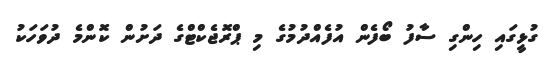
ގުޅީގައި ހިންގި ސާފު ބޯފެން އުފެއްދުމުގެ މި ޕްރޮޖެކްޓްގެ ދަށުން ކޮންމެ ދުވަހަކު